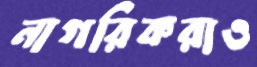
নাগরিকরাও